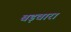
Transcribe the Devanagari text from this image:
बड़वारा